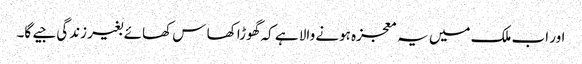
اور اب ملک میں یہ معجزہ ہونے والا ہے کہ گھوڑا کھا س کھائے بغیر زندگی جیے گا۔